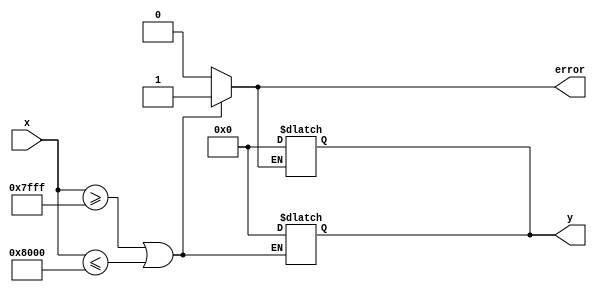
module atanh_block(
    input wire signed [15:0] x, // Input: Fixed-point representation of x (-1 < x < 1)
    output reg signed [15:0] y,  // Output: Fixed-point representation of atanh(x)
    output reg error              // Output: Error flag indicating out of range
);

// Parameters
parameter MAX_INPUT = 16'h7FFF; // Represents upper bound for x (1) in 16-bit fixed-point
parameter MIN_INPUT = 16'h8000; // Represents lower bound for x (-1) in 16-bit fixed-point

// Internal signals
wire signed [15:0] add1_x;  // 1 + x
wire signed [15:0] sub1_x;  // 1 - x
wire signed [15:0] ratio;    // (1 + x) / (1 - x)
wire signed [15:0] ln_ratio; // ln((1 + x) / (1 - x))

// Error checking for input range [-1, 1]
always @(*) begin
    if (x >= MAX_INPUT || x <= MIN_INPUT) begin
        error = 1'b1;
        y = 16'b0; // Return 0 or NaN
    end else begin
        error = 1'b0;
    end
end

// Calculate 1 + x and 1 - x
assign add1_x = 16'h0001 + x; // 1 + x
assign sub1_x = 16'h0001 - x; // 1 - x

// Calculate ratio z = (1 + x) / (1 - x)
// Note: A simple divider is used here for demonstration
// In practice, you would use a divider module supporting fixed-point division
assign ratio = add1_x / sub1_x; 

// Simple lookup table for ln(x), replace with more sophisticated implementation as necessary
function signed [15:0] ln_lookup(input signed [15:0] z);
    case (z)
        16'h0000: ln_lookup = 16'h0000; // ln(1) = 0
        16'h0001: ln_lookup = 16'h0001; // approx = 0.693 (to be improved for accuracy)
        // Add more entries to the lookup table as necessary
        default: ln_lookup = 16'h0000; // Default return
    endcase
endfunction

// Calculate ln(z) based on the ratio
assign ln_ratio = ln_lookup(ratio);

// Calculate y = 1/2 ln(z)
always @(*) begin
    if (!error) begin
        y = ln_ratio >>> 1; // Right shift for fixed-point divide by 2
    end
end

endmodule